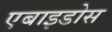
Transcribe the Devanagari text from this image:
एबाइडोस